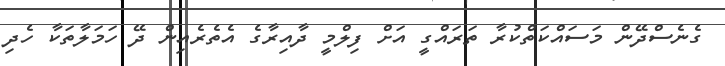
ގެނެސްދޭން މަސައްކަތްކުރާ ތަރައްގީ އަށް ފިލްމީ ދާއިރާގެ އެތެރެއިން ދޭ ހަމަލާތަކާ ހެދި